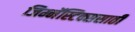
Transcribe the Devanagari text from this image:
जिम्नॅस्टिक्ससाठी